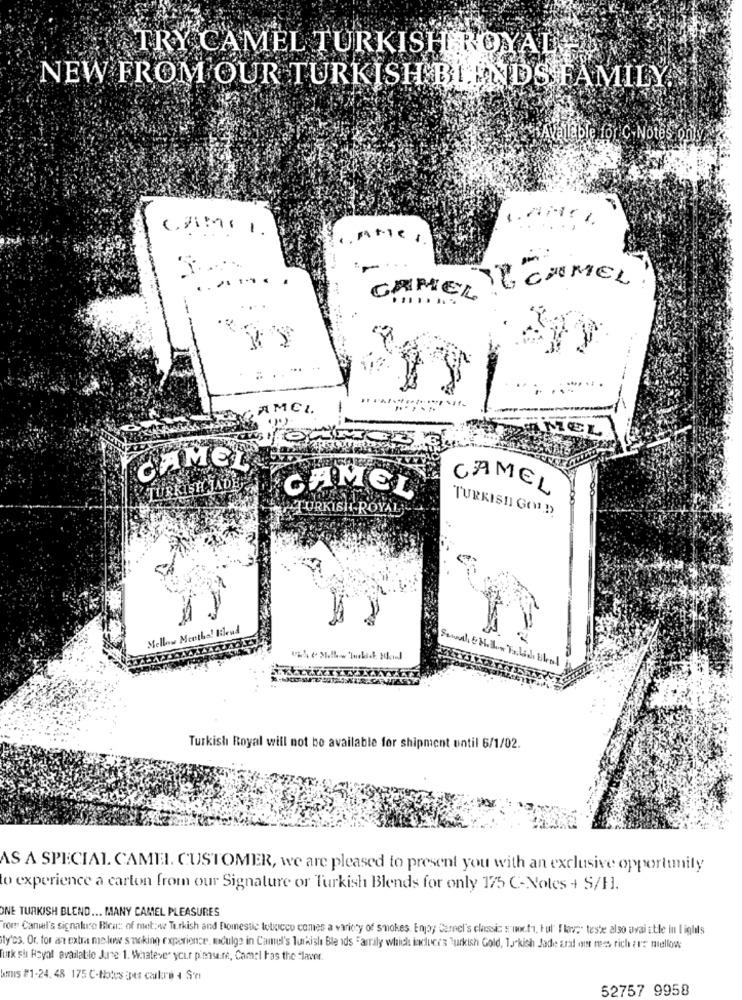
TRY CAMEL TURKISH ROYAL
NEW FROM OUR TURKISH BLENDS FAMILY
iAvalable for c-Notes only
....... . .
TECHMEL
CAMEL
...
AMCI.
-
MMEL
CAMEL
TURKISH JA
CAMEL
CAMEL
TURKISH ROYAL
TURKISH GOLD
Mellow Months! Bleud
Semal, EMall Valid skal
Turkish Royal will not be available for shipment until 6/1/02.
AS A SPECIAL CAMEL. CUSTOMER, we are pleased to present you with an exclusive opportunity
to experience a carton from our Signature or Turkish Blends for only 175 C-Notes + S/H.
ONE TURKISH BLEND ... MANY CAMEL PLEASURES
rom Camel's signature Bica :: of met;we Turkish and Domestic totricco comes a variety of smokes. Enjoy Cernel's classic six.ta, Ful" Flores" teste also avai able in lights
ty'cs. Or. for an extra melow smoking experience, mculge in Camel's luikish Ble ids Family which induce's Turkish Gold, Turkish Jade arat on mess rich arr mellow
Tutk sh Royal available June 1. Whatever your pimsaire, Camel has the -laver.
Anis #1-24, 48 175 C-thates ipts calore 4 S'n
52757 9958